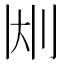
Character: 𫥹